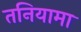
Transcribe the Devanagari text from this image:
तनियामा